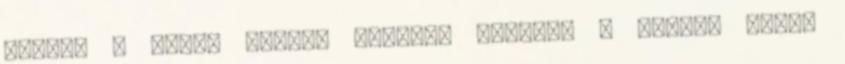
amiért a véres dolgot elkente Úgyhogy ő ennyi. Debra